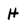
Character: H